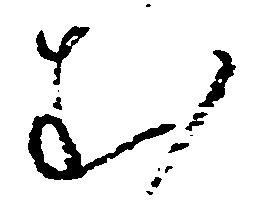
む